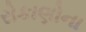
રોકાણોના